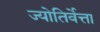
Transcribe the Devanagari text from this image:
ज्योतिर्वेत्ता